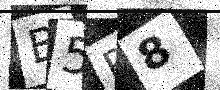
Text: B5R8